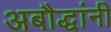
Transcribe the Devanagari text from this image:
अबौद्धांनी